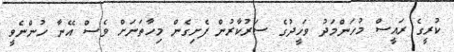
ކުރީގެ ރައީސް މުހަންމަދު ވަހީދުގެ ސަރުކާރުން ފެށިގެން މިހާތަނަށް ވެސް އޭނާ ހުންނެވީ